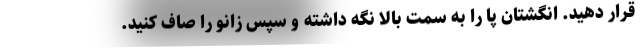
قرار دهید. انگشتان پا را به سمت بالا نگه داشته و سپس زانو را صاف کنید.